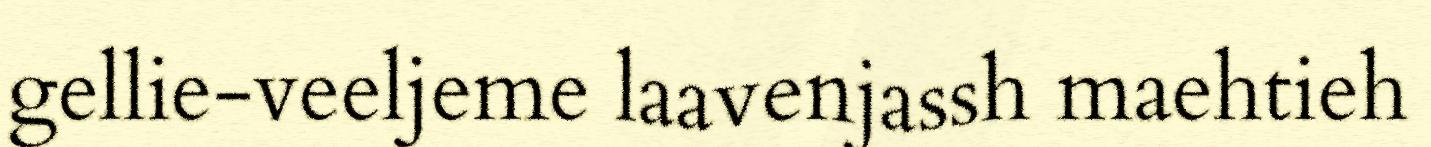
gellie-veeljeme laavenjassh maehtieh